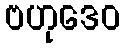
ဗဟုဒေဝ